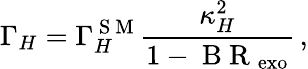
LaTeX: \Gamma_{H}=\Gamma_{H}^{\mathrm{~S~M~}}\frac{\kappa_{H}^{2}}{1-\mathrm{~B~R~}_{\mathrm{exo}}}\, ,